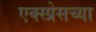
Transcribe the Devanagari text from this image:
एक्स्प्रेसच्या